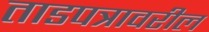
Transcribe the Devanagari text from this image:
ताडपत्रावरील